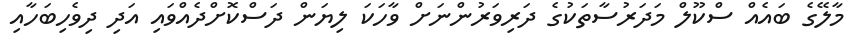
މާލޭގެ ބައެއް ސްކޫލް މަދަރުސާތަކުގެ ދަރިވަރުންނަށް ވާހަކަ ލިޔަން ދަސްކޮށްދެއްވައި އަދި ދިވެހިބަހާއި